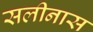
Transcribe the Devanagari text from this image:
सलीनास